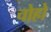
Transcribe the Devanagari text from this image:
चोहो